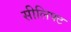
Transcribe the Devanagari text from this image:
सीलिफ्ट